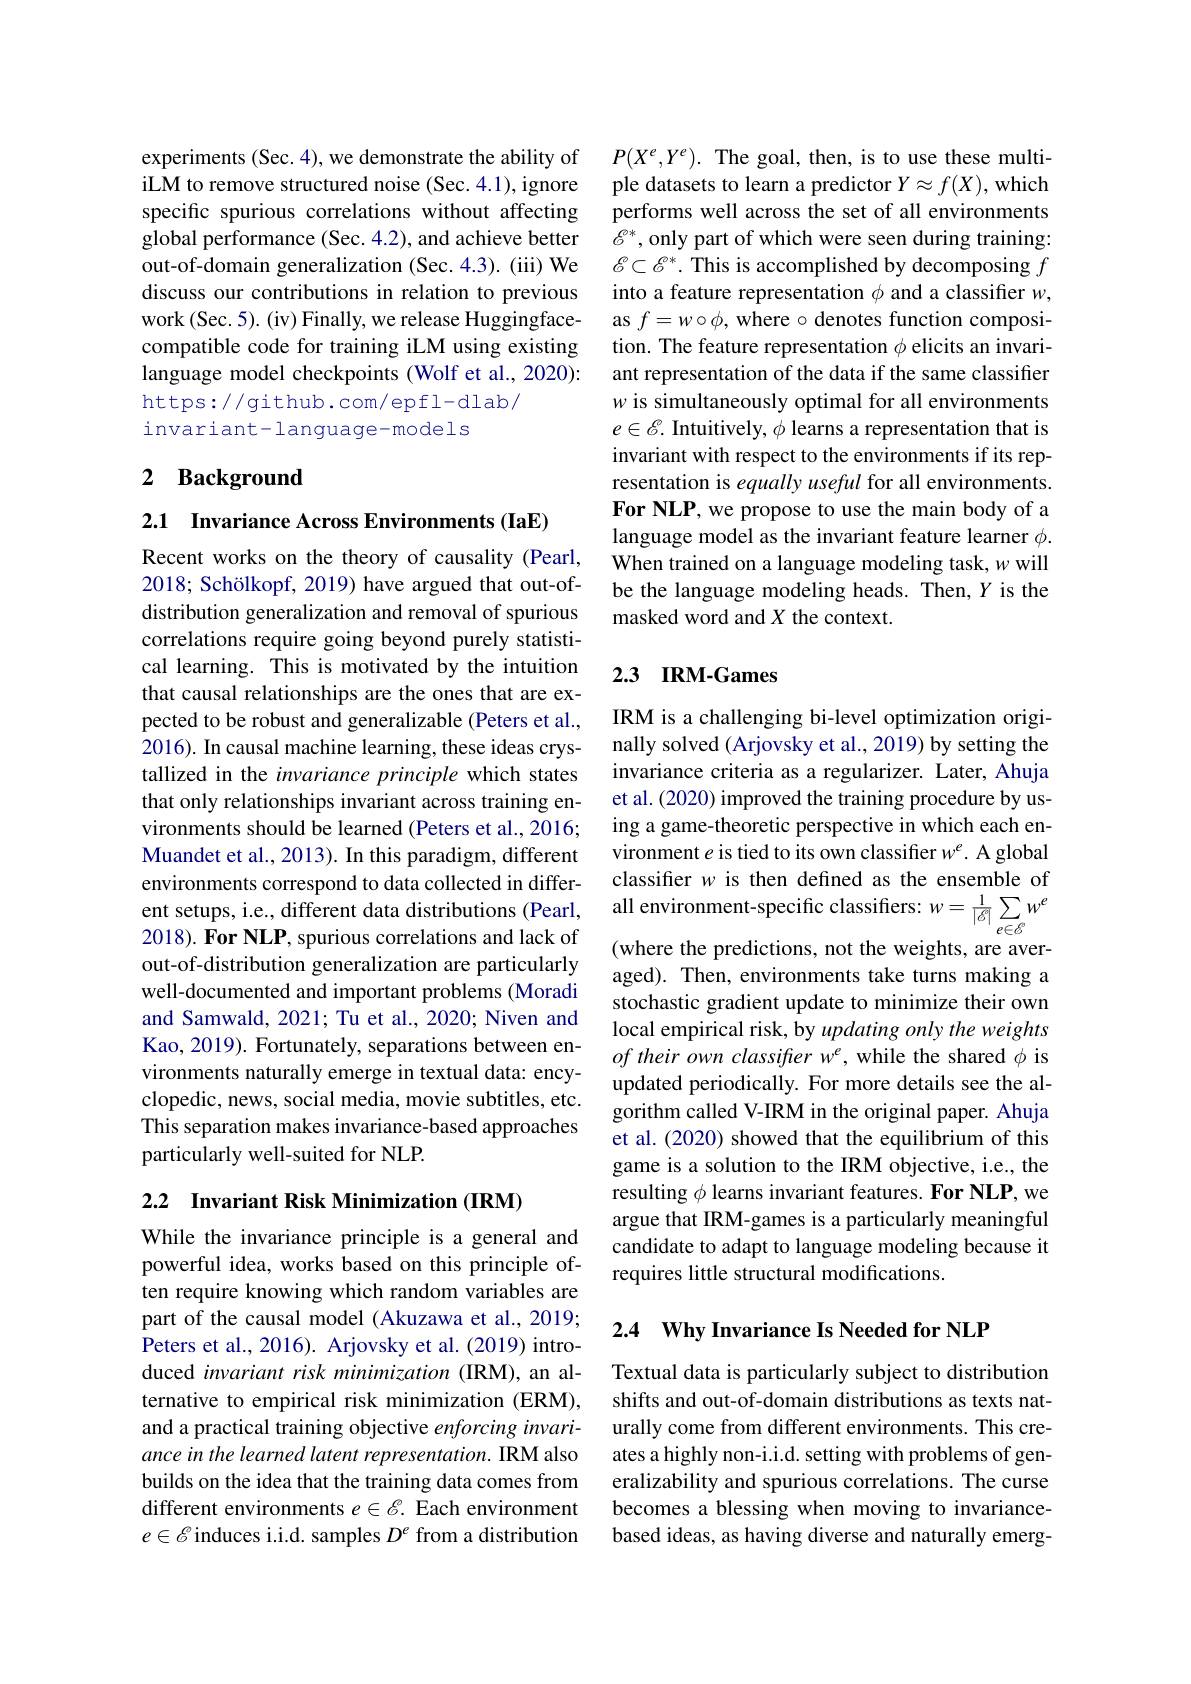
experiments (Sec. 4), we demonstrate the ability of iLM to remove structured noise (Sec. 4.1), ignore specific spurious correlations without affecting global performance (Sec. 4.2), and achieve better out-of-domain generalization (Sec.4.3). (iii) We discuss our contributions in relation to previous work (Sec. 5). (iv) Finally, we release Huggingfacecompatible code for training iLM using existing language model checkpoints (Wolf et al., 2020): https://github.com/epfl-dlab/
invariant-language-models

## 2 Background

2.1 Invariance Across Environments(IaE)

Recent works on the theory of causality (Pearl, 2018; Schölkopf, 2019) have argued that out-ofdistribution generalization and removal of spurious correlations require going beyond purely statistical learning. This is motivated by the intuition that causal relationships are the ones that are expected to be robust and generalizable (Peters et al., 2016). In causal machine learning, these ideas crystallized in the invariance principle which states that only relationships invariant across training environments should be learned (Peters et al., 2016; Muandet et al., 2013). In this paradigm, different environments correspond to data collected in different setups, i.e, different data distributions (Pearl, all environment-specific classifiers: $w=\frac1{|\delta^{\prime}|}\sum_{e\in\delta}w^{\ell}$
2018). For NLP, spurious correlations and lack of out-of-distribution generalization are particularly well-documented and important problems (Moradi and Samwald, 2021; Tu et al., 2020; Niven and Kao, 2019). Fortunately, separations between environments naturally emerge in textual data: encyclopedic, news, social media, movie subtitles, etc. This separation makes invariance-based approaches particularly well-suited for NLP.

2.2 Invariant Risk Minimization (IRM)

While the invariance principle is a general and powerful idea, works based on this principle often require knowing which random variables are part of the causal model (Akuzawa et al., 2019; Peters et al., 2016). Arjovsky et al. (2019) introduced invariant risk minimization (IRM), an alternative to empirical risk minimization (ERM), and a practical training objective enforcing invariance in the learned latent representation. IRM also builds on the idea that the training data comes from different environments $e\in\mathscr{E}.$ Each environment $e\in\mathscr{E}$ induces i.i.d. samples $D^e$ from a distribution

$P(X^e,Y^e).$ The goal, then, is to use these multiple datasets to learn a predictor $Y\approx f(X)$, which performs well across the set of all environments $\mathcal{E}^*$, only part of which were seen during training: $\mathscr{E}\subset\mathscr{E}^*.$ This is accomplished by decomposing $f$ into a feature representation $\phi$ and a classifier $w$, as $f=w\circ\phi$, where $\circ$ denotes function composition. The feature representation $\phi$ elicits an invariant representation of the data if the same classifier w is simultaneously optimal for all environments $e\in\mathcal{E}.$ Intuitively, $\phi$ learns a representation that is invariant with respect to the environments if its representation is equally useful for all environments. For NLP, we propose to use the main body of a language model as the invariant feature learner $\phi.$ When trained on a language modeling task, w will be the language modeling heads. Then, $Y$ is the masked word and $X$ the context.

## 2.3 IRM-Games

IRM is a challenging bi-level optimization originally solved (Arjovsky et al., 2019) by setting the invariance criteria as a regularizer. Later, Ahuja et al. (2020) improved the training procedure by using a game-theoretic perspective in which each environment $e$ is tied to its own classifier $w^e.$ A global classifer $w$ is then defined as the ensemble of (where the predictions, not the weights, are averaged). Then, environments take turns making a stochastic gradient update to minimize their own local empirical risk, by updating only the weights of their own classifter w$^e$, while the shared $\phi$ is updated periodically. For more details see the algorithm called V-IRM in the original paper. Ahuja et al. (2020) showed that the equilibrium of this game is a solution to the IRM objective, i.e., the resulting $\phi$ learns invariant features. For NLP, we argue that IRM-games is a particularly meaningful candidate to adapt to language modeling because it requires little structural modifications.

2.4 $\mathbf{Why}$ Invariance Is Needed for NLP

Textual data is particularly subject to distribution shifts and out-of-domain distributions as texts naturally come from different environments. This creates a highly non-i.i.d. setting with problems of generalizability and spurious correlations. The curse becomes a blessing when moving to invariancebased ideas, as having diverse and naturally emerg-